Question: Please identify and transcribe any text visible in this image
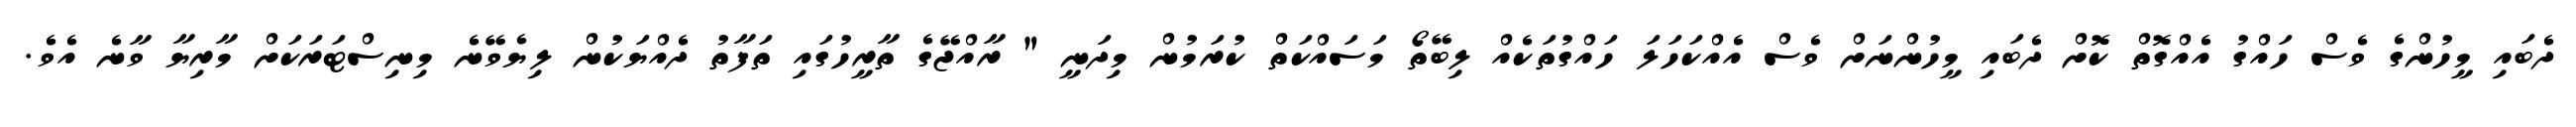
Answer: ދެބައި މީހުންގެ ވެސް ހައްގު އެއްގޮތް ކޮށް ދެބައި މީހުންނަށް ވެސް އެއްކަހަލަ ހައްގުތަކެއް ލިބޭތޯ މަސައްކަތް ކުރަމުން މިދަނީ " ރާއްޖޭގެ ތާރީހުގައި ތަފާތު ދެއްޔަކުން ލިޔެވޭނެ މިނިސްޓަރަކަށް މާރިޔާ ވާނެ އެވެ.